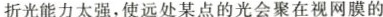
折光能力太强，使远处某点的光会聚在视网膜的